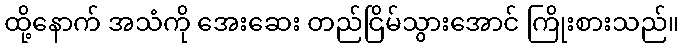
ထို့နောက် အသံကို အေးဆေး တည်ငြိမ်သွားအောင် ကြိုးစားသည်။